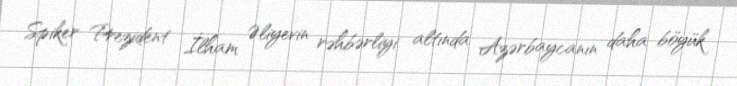
Spiker Prezident İlham Əliyevin rəhbərliyi altında Azərbaycanın daha böyük